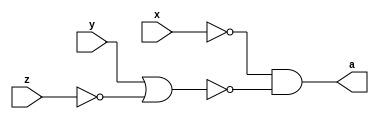
module A (output a, input x,y,z);

	assign a = ~x & ~(y | ~z); 

endmodule



module B (output b, input x, y, z);

	assign b = ~(x | ~y) & z;

endmodule



module C (output c, input x, y, z);

	assign c = ~(~x & ~y) & ~z;

endmodule



module D (output d, input x, y, z);

	assign d = ~(x & y) & ~z;

endmodule



module E (output e, input x, y, z);

	assign e = (~x | y) & (x | ~z);

endmodule


module ValoresIniciais;

reg x, y, z;
wire a, b, c, d, e;

	A letraA (a, x, y, z);
	B letraB (b, x, y, z);
	C letraC (c, x, y, z);
	D letraD (d, x, y, z);
	E letraE (e, x, y, z);	

initial
begin : start

	x = 1'bx;
	y = 1'bx;
	z = 1'bx;

end

initial
begin : main

	$display("Exemplo - Larissa Gomes - 650525");
	$display("Expressoes booleanas");
	
	$display(" x  y  z =  a  b  c  d  e");
$monitor("%2b %2b %2b = %2b %2b %2b %2b %2b", x, y, z, a, b, c, d, e);
		
	#1 x = 0; y = 0; z = 0;
	#1 x = 0; y = 0; z = 1;
	#1 x = 0; y = 1; z = 0;
	#1 x = 0; y = 1; z = 1;
	#1 x = 1; y = 0; z = 0;
	#1 x = 1; y = 0; z = 1;
	#1 x = 1; y = 1; z = 0;
	#1 x = 1; y = 1; z = 1;

end
endmodule